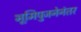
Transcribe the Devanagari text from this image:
भूमिपुजनेनंतर